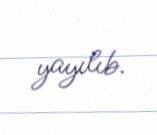
yayılıb.